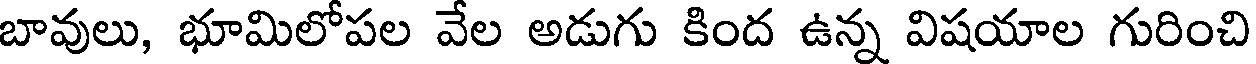
బావులు, భూమిలోపల వేల అడుగు కింద ఉన్న విషయాల గురించి